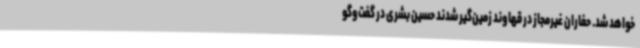
خواهد شد. حفاران غیرمجاز در قهاوند زمین‌گیر شدند حسین بشری در گفت‌وگو